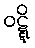
ဝဋ္ဋိ